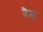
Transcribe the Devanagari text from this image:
वैम